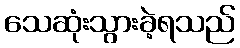
သေဆုံးသွားခဲ့ရသည်